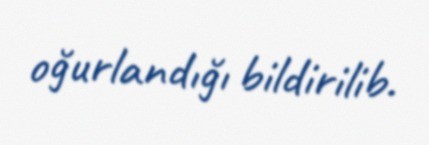
oğurlandığı bildirilib.